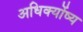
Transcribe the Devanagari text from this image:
अधिक्योंष्य